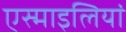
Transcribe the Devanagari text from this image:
एस्माइलियां